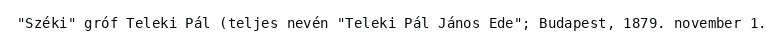
"Széki" gróf Teleki Pál (teljes nevén "Teleki Pál János Ede"; Budapest, 1879. november 1.